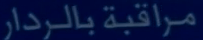
مراقبة بالرادار